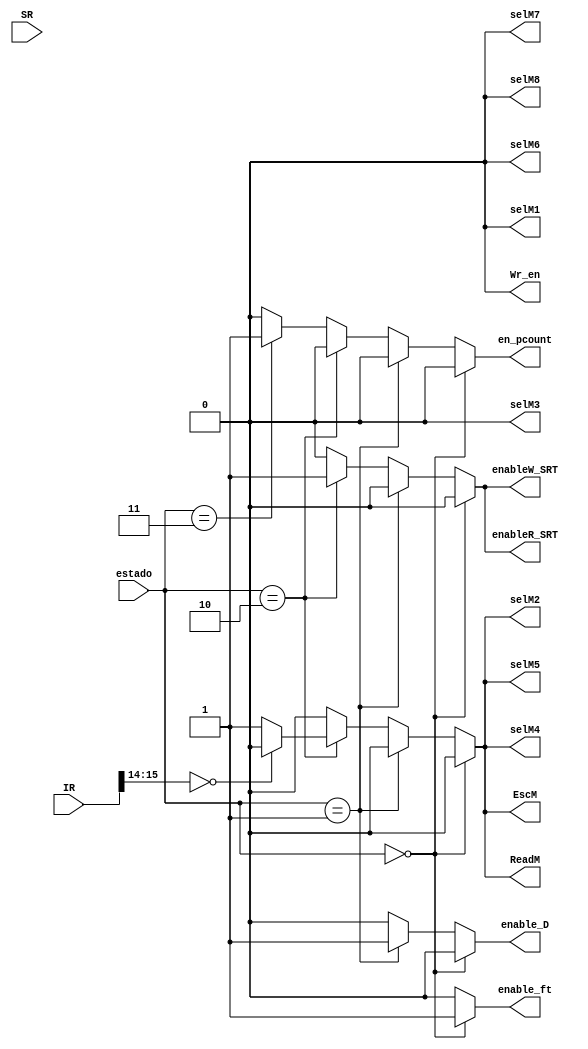
module control(
    input [1:0] estado,
    input [15:0] IR, //llegada del instruction register
    input [2:0] SR, //llegada del status register
    output reg selM1,selM2,selM3,selM4,selM5,selM6,selM7,selM8,Wr_en,ReadM, EscM,enable_ft, en_pcount, enableR_SRT, enableW_SRT, enable_D
);

parameter Fetch1 = 2'b00,Decode = 2'b01, Execute = 2'b10, WriteB = 2'b11;
always@(*)
begin
    selM1 = 0; 
    selM2 = 0;
    selM3 = 0;
    selM4 = 0;
    selM5 = 0;
    selM6 = 0;
    selM7 = 0;
    selM8 = 0;
    Wr_en = 0; //enable file register escritura
    ReadM = 0; //leer memory
    EscM = 0; //escribir memory
    enable_ft = 0; //enable fetch
    en_pcount = 0; //enable pcounter
    enableR_SRT = 0; //enable leer status R
    enableW_SRT = 0; //enable escribir status R
  	enable_D = 0;

if (estado == Fetch1) begin
    enable_ft = 1;
end
else if (estado == Decode) begin
  enable_D = 1;
  if (IR[15:14] == 2'b00) begin //sera arit, no manda direccin
        ReadM = 0;
        EscM = 0;
    end
    else
    begin
      enable_D = 1;
    end
end
else if (estado == Execute) begin
    if (IR[15:14] == 2'b00) begin
        enableW_SRT = 1; //permito escribir las flags
        enableR_SRT = 1; //permito leerlas
    end 
    else begin
        Wr_en = 0;
        enableW_SRT = 1; //permito escribir las flags
        enableR_SRT = 1; //permito leerlas
        selM2 = 1;
        selM4 = 1;
        selM5 = 1;
        ReadM = 1; //si no es aritmetica manda direccin
        EscM = 1; //escribe el dato que le llegue del mux 5
    end
end
else if (estado == WriteB) begin
    en_pcount = 1;
    Wr_en = 1; //permito escribir en el file R
  	#20 Wr_en = 0;
end
end

endmodule